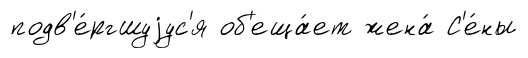
подв'е́ргшуjус'я об'еща́ет жена́ С'е́ны